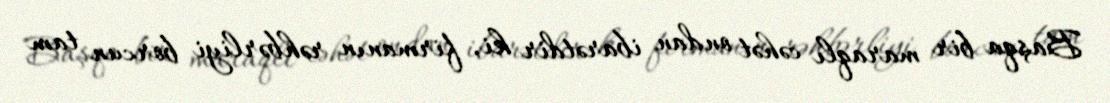
Başqa bir maraqlı cəhət ondan ibarətdir ki, firmanın rəhbərliyi borcun tam